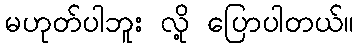
မဟုတ်ပါဘူး လို့ ပြောပါတယ်။